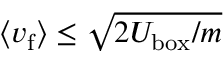
\langle v _ { \mathrm { f } } \rangle \le \sqrt { 2 U _ { \mathrm { b o x } } / m }